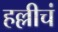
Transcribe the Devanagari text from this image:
हल्लीचं